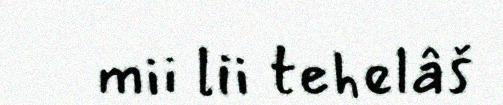
mii lii tehelâš